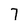
Character: 7